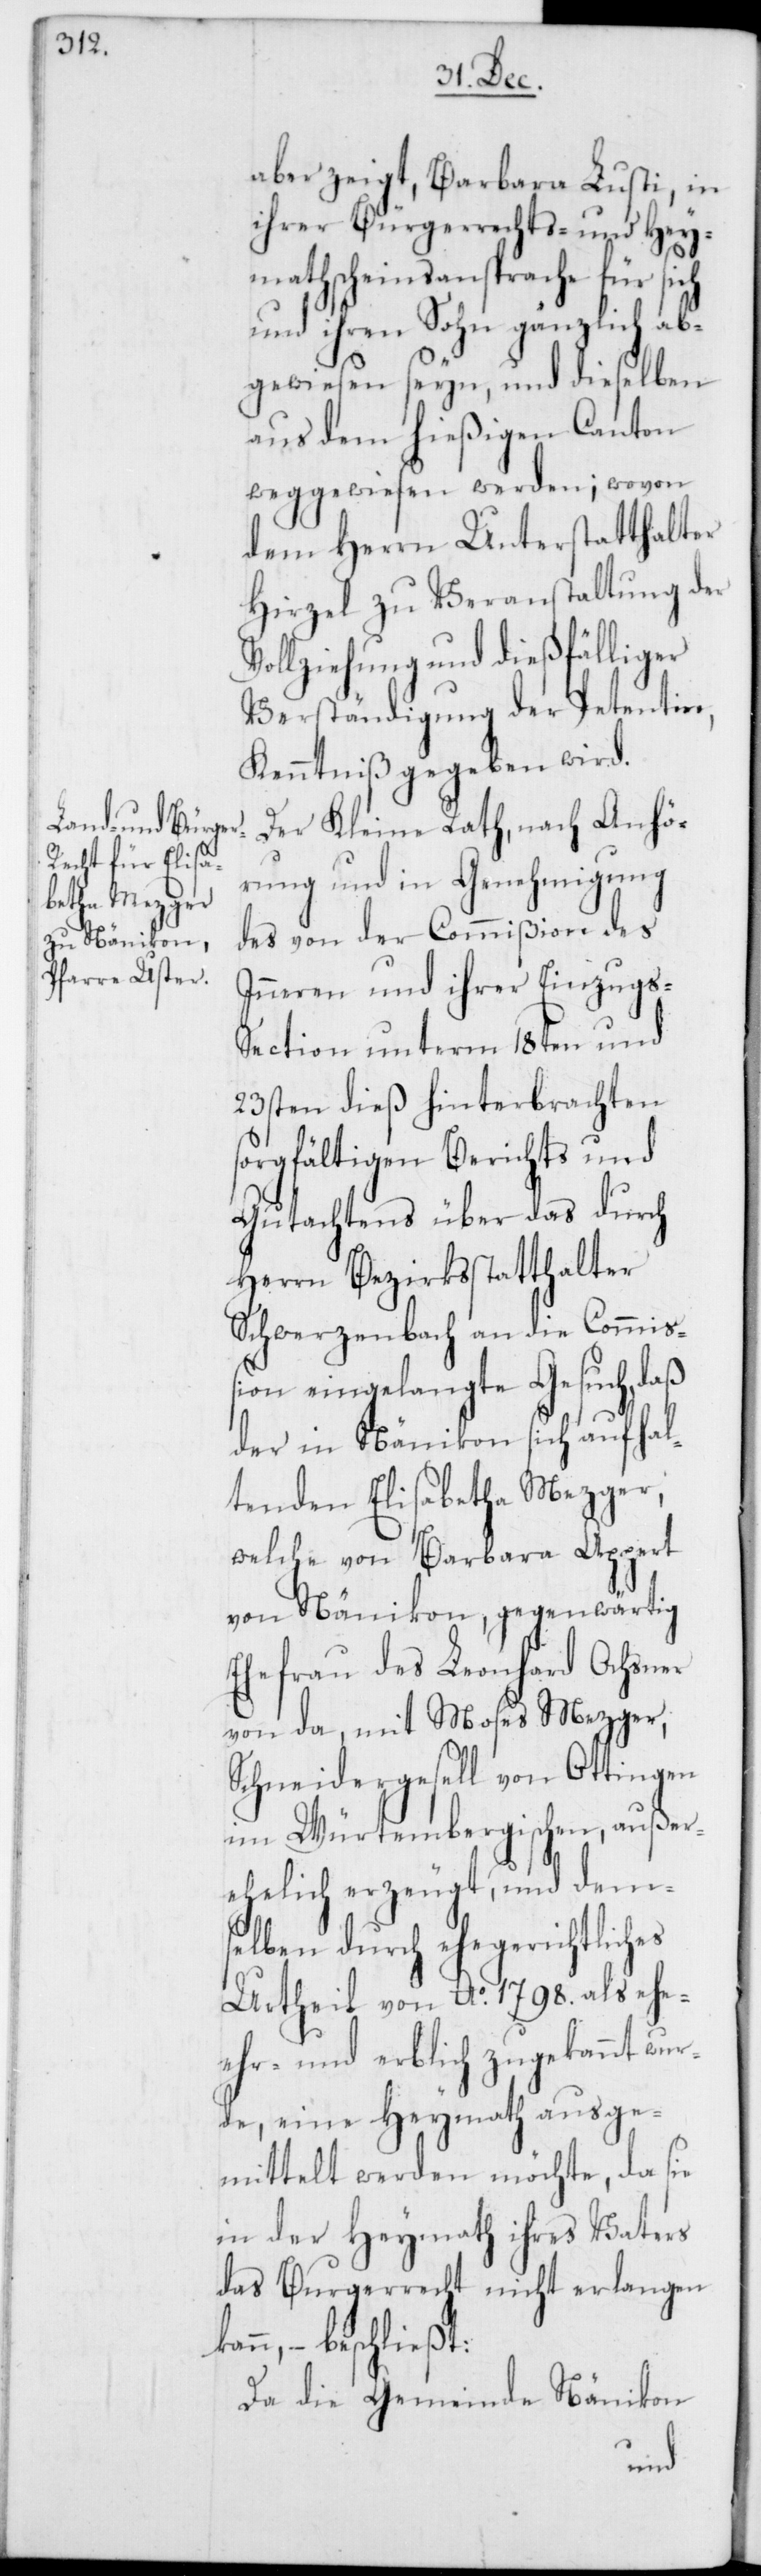
aber zeigt, Barbara Lusti, in
ihrer Bürgerrechts- und Hey¬
mathscheinsansprache für sich
und ihren Sohn gänzlich ab¬
gewiesen seyn, und dieselben
aus dem hießigen Canton
weggewiesen werden; wovon
dem Herrn Unterstatthalter
Hirzel zu Veranstaltung der
Vollziehung und dießfälliger
Verständigung der Petentin,
Kenntniß gegeben wird.
Der Kleine Rath, nach Anhö¬
rung und in Genehmigung
des von der Commißion des
Inneren und ihrer Einzugs-S¬
ection unterm 18ten und
23sten dieß hinterbrachten
sorgfältigen Berichts und
Gutachtens über das durch
Herrn Bezirksstatthalter
Schwerzenbach an die Commiß¬
ion eingelangte Gesuch, daß
der in Nänikon sich aufhal¬
tenden Elisabetha Mezger,
welche von Barbara Appert
von Nänikon, gegenwärtig
Ehefrau des Leonhard Ochsner
von da, mit Moses Mezger,
Schneidergesell von Ottingen
im Würtembergischen, außer¬
ehelich erzeugt, und dems¬
elben durch ehegerichtliches
Urtheil von Ao. 1798. als ehe-,
ehr- und erblich zugekannt wur¬
de, eine Heymath ausge¬
mittelt werden möchte, da sie
in der Heymath ihres Vaters
das Burgerrecht nicht erlangen
kann, – beschließt:
Da die Gemeinde Nänikon